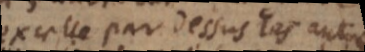
excelle par dessus les autres,